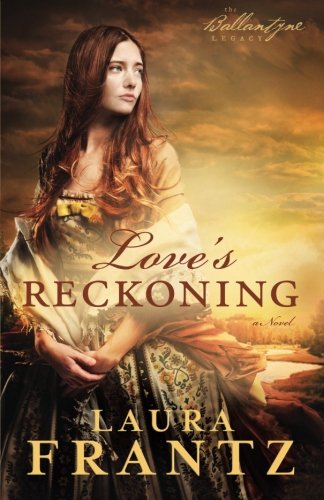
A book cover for Love's Reckoning: A Novel (The Ballantyne Legacy) (Volume 1); Laura Frantz; Romance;